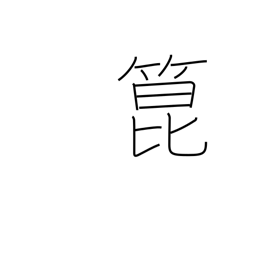
Meaning: bamboo shoots